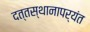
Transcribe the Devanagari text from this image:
दत्तस्थानापर्यंत